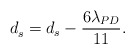
\begin{align*} d_s^{}= d_s-\frac{6\lambda_{PD}}{11}. \end{align*}